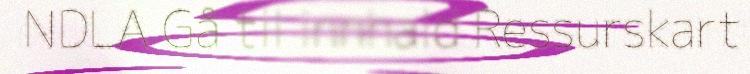
NDLA Gå til innhald Ressurskart